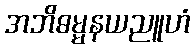
အဘိဓမ္မနယညူဟံ